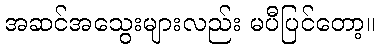
အဆင်အသွေးများလည်း မပီပြင်တော့။